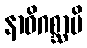
နာဓိဂစ္ဆာမိ